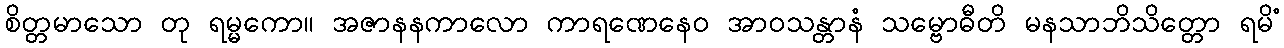
စိတ္တမာသော တု ရမ္မကော။ အဇာနနကာလော ကာရဏေနေဝ အာဝသန္တာနံ သမ္ဗောဓီတိ မနသာဘိသိတ္တော ရမိံ